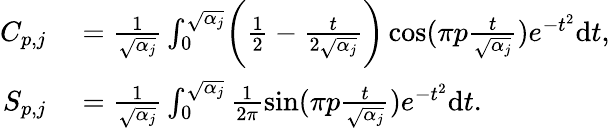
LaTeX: \begin{array}{rl}{C_{p,j}}&{{}=\frac{1}{\sqrt{\alpha_{j}}}\int_{0}^{\sqrt{\alpha_{j}}}\biggr(\frac{1}{2}-\frac{t}{2\sqrt{\alpha_{j}}}\biggr)\cos(\pi p\frac{t}{\sqrt{\alpha_{j}}})e^{-t^{2}}\mathrm{d}t,}\\ {S_{p,j}}&{{}=\frac{1}{\sqrt{\alpha_{j}}}\int_{0}^{\sqrt{\alpha_{j}}}\frac{1}{2\pi}\sin(\pi p\frac{t}{\sqrt{\alpha_{j}}})e^{-t^{2}}\mathrm{d}t.}\end{array}